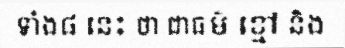
ទាំង៨ នេះ ថា ជាធម៌ ខ្មៅ និង